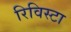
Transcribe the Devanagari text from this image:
रिविस्टा